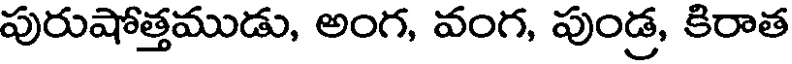
పురుషోత్తముడు, అంగ, వంగ, పుండ్ర, కిరాత